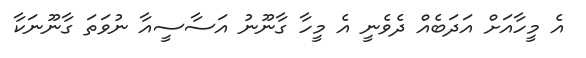
އެ މީހާއަށް އަދަބެއް ދެވެނީ އެ މީހާ ގާނޫނު އަސާސީއާ ނުވަތަ ގާނޫނަކާ